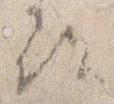
尋